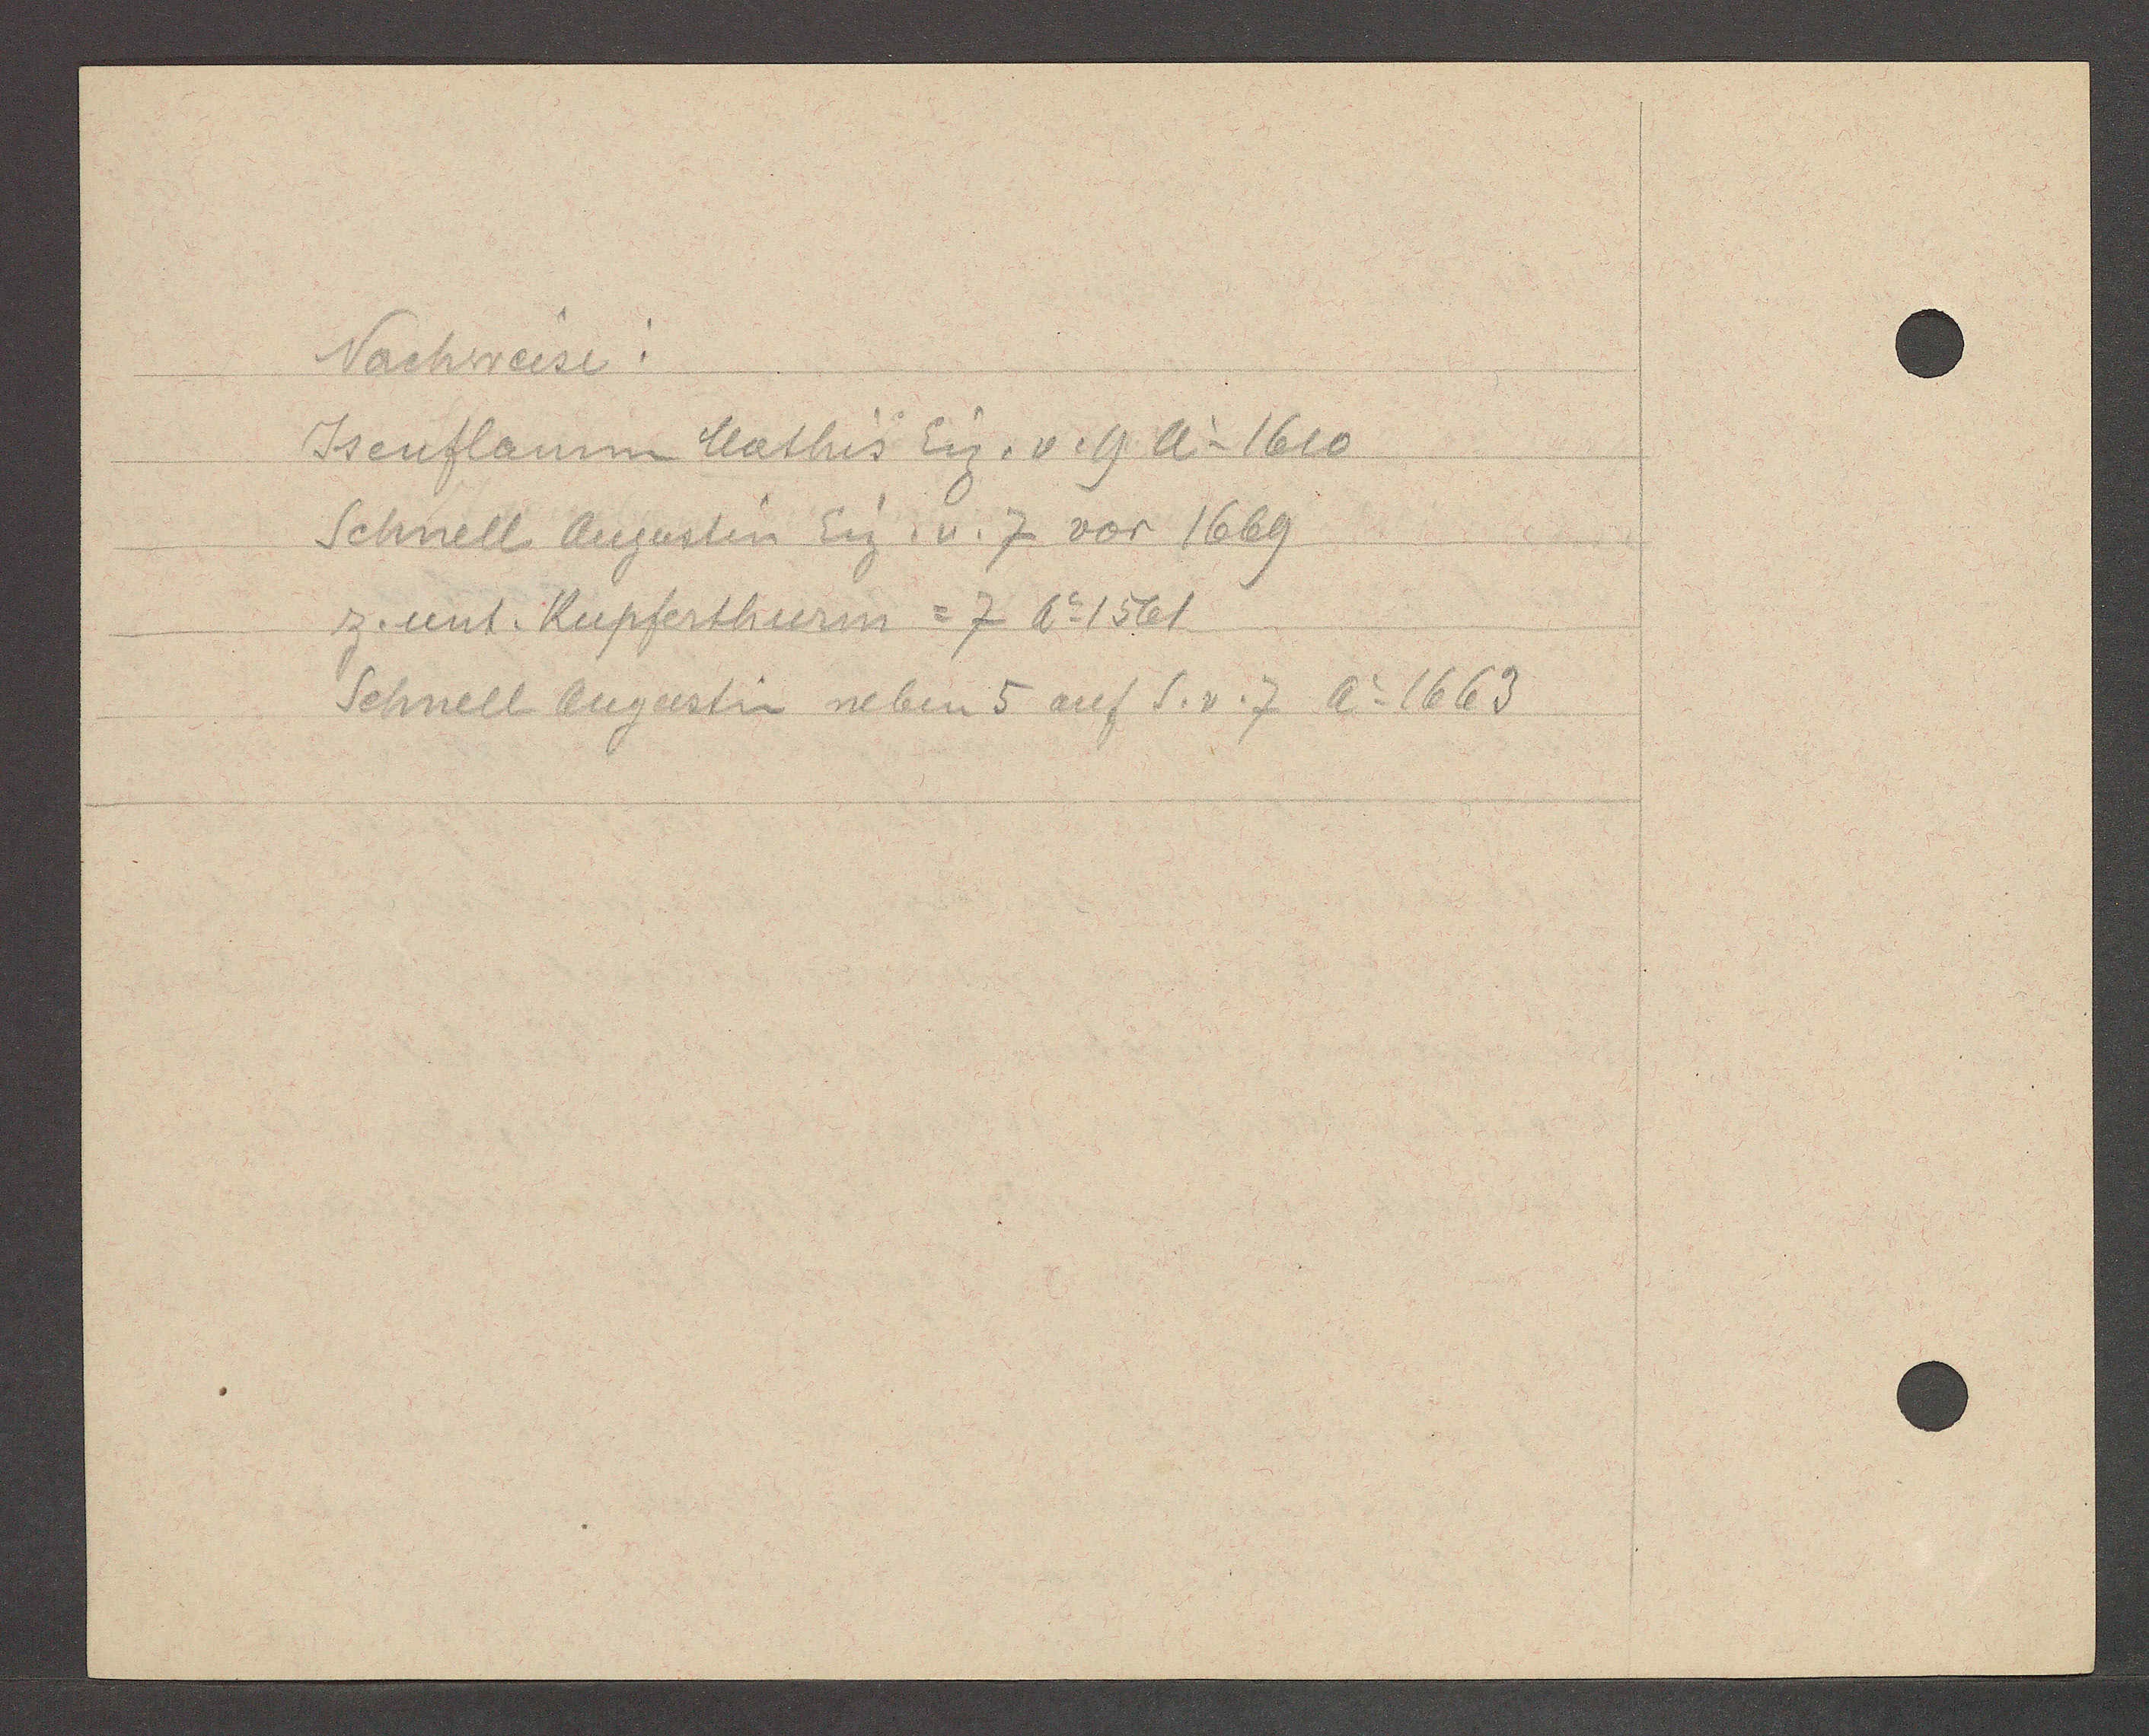
Transcript:
Nachweise:
Isenflaum Mathis Eig. v. 9 Ao 1610
Schnell Augustin Eig.v. 7 vor 1669
z. unt. Kupferthurn =7 Ao 1561
Schnell Augustin neben 5 auf S. v. 7 Ao 1663